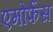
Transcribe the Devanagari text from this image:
एमोर्फस